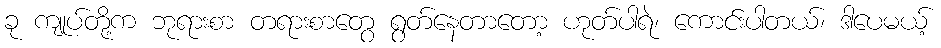
ခု ကျုပ်တို့က ဘုရားစာ တရားစာတွေ ရွတ်နေတာတော့ ဟုတ်ပါရဲ၊ ကောင်းပါတယ်၊ ဒါပေမယ့်